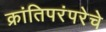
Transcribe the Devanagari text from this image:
क्रांतिपरंपरेचे